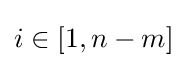
i\in [1,n-m]